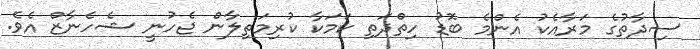
ސިދާތުގެ މަރާއެކު އެންމެ ބޮޑު ހިތްދަތި ކަމަކާ ކުރިމަތިލާން ޖެހުނީ ޝެހެނާޒް އެވެ.